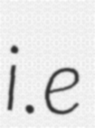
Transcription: i.e